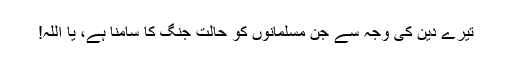
تیرے دین کی وجہ سے جن مسلمانوں کو حالت جنگ کا سامنا ہے، یا اللہ!